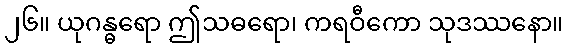
၂၆။ ယုဂန္ဓရော ဤသဓရော၊ ကရဝီကော သုဒဿနော။